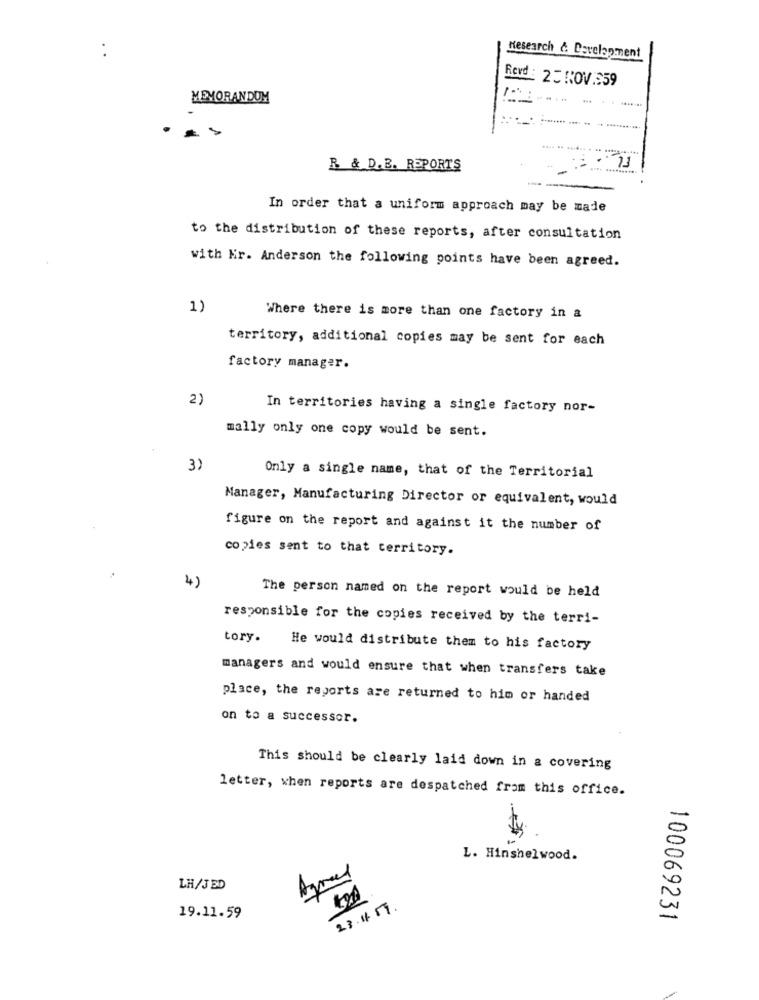
Research & Development
Revd : 25 NOV.259
10%
MEMORANDUM
...
---
R & D.B. REPORTS
In order that a uniform approach may be made
to the distribution of these reports, after consultation
with Kr. Anderson the following points have been agreed.
1)
Where there is more than one factory in a
territory, additional copies may be sent for each
factory manager.
2)
In territories having a single factory nor-
mally only one copy would be sent.
3)
Only a single name, that of the Territorial
Manager, Manufacturing Director or equivalent, would
figure on the report and against it the number of
copies sent to that territory.
4)
The person named on the report would be held
responsible for the copies received by the terri-
tory.
He would distribute them to his factory
managers and would ensure that when transfers take
place, the reports are returned to him or handed
on to a successor.
This should be clearly laid down in a covering
letter, when reports are despatched from this office.
L. Hinshelwood.
LH/J BD
23.11.57.
19.11.59
100069231